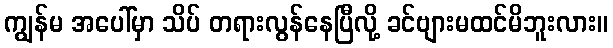
ကျွန်မ အပေါ်မှာ သိပ် တရားလွန်နေပြီလို့ ခင်ဗျားမထင်မိဘူးလား။